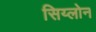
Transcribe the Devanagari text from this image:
सिय्लोन